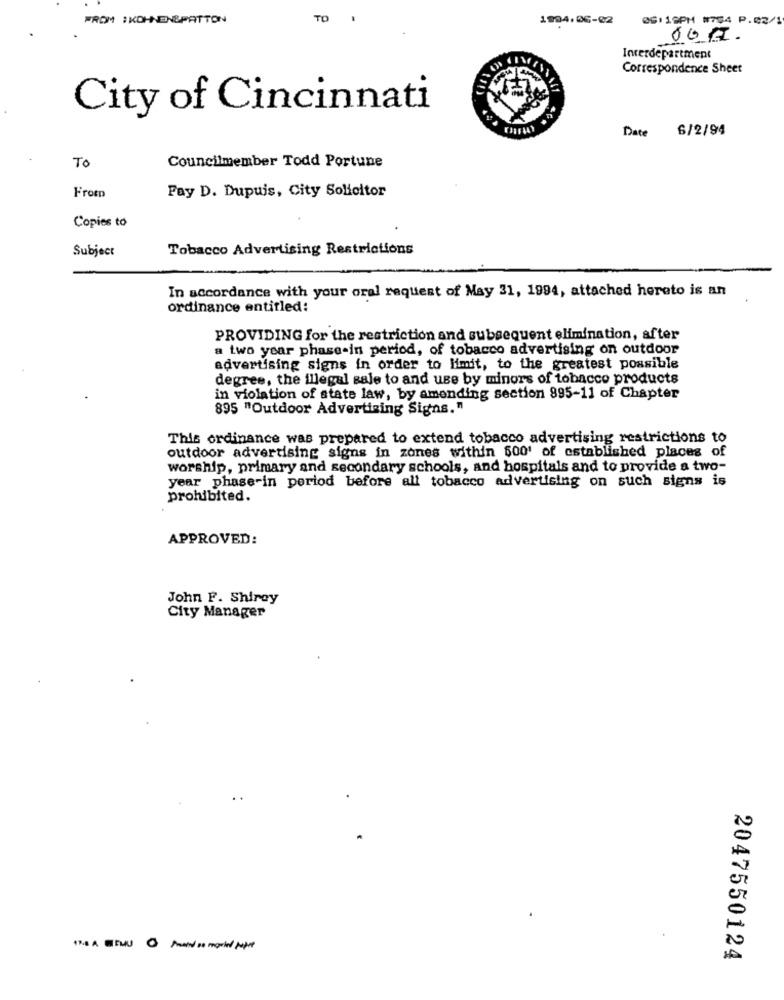
FROM :KOHNEN&PATTON
TO
1994.06-02
0G: 19PM #754 P.02/1
Interdepartment
Correspondence Sheet
City of Cincinnati
Date
6/2/94
To
Councilmember Todd Portune
Fromp
Fay D. Dupuis, City Solicitor
Copies to
Subject
Tobacco Advertising Restrictions
In accordance with your oral request of May 31, 1994, attached hereto is an
ordinance entitled:
PROVIDING for the restriction and subsequent elimination, after
a two year phase-in period, of tobacco advertising on outdoor
advertising signs in order to limit, to the greatest possible
degree, the illegal sale to and use by minors of tobacco products
in violation of state law, by amending section 895-11 of Chapter
895 "Outdoor Advertising Signs."
This ordinance was prepared to extend tobacco advertising restrictions to
outdoor advertising signs in zones within 600' of established places of
worship, primary and secondary schools, and hospitals and to provide a two-
year phase-in period before all tobacco advertising on such signs is
prohibited.
APPROVED:
John F. Shirey
City Manager
2047550124